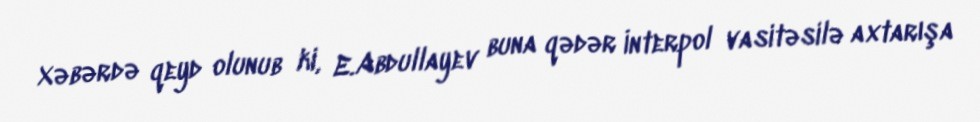
Xəbərdə qeyd olunub ki, E.Abdullayev buna qədər İnterpol vasitəsilə axtarışa